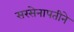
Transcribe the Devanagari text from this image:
सरसेनापतीने